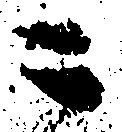
ニ